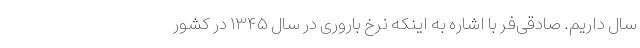
سال داریم. صادقی‌فر با اشاره به اینکه نرخ باروری در سال ۱۳۴۵ در کشور